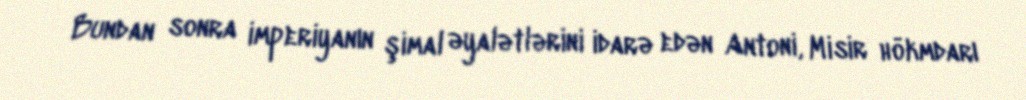
Bundan sonra imperiyanın şimal əyalətlərini idarə edən Antoni, Misir hökmdarı